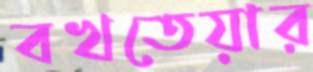
বখতেয়ার